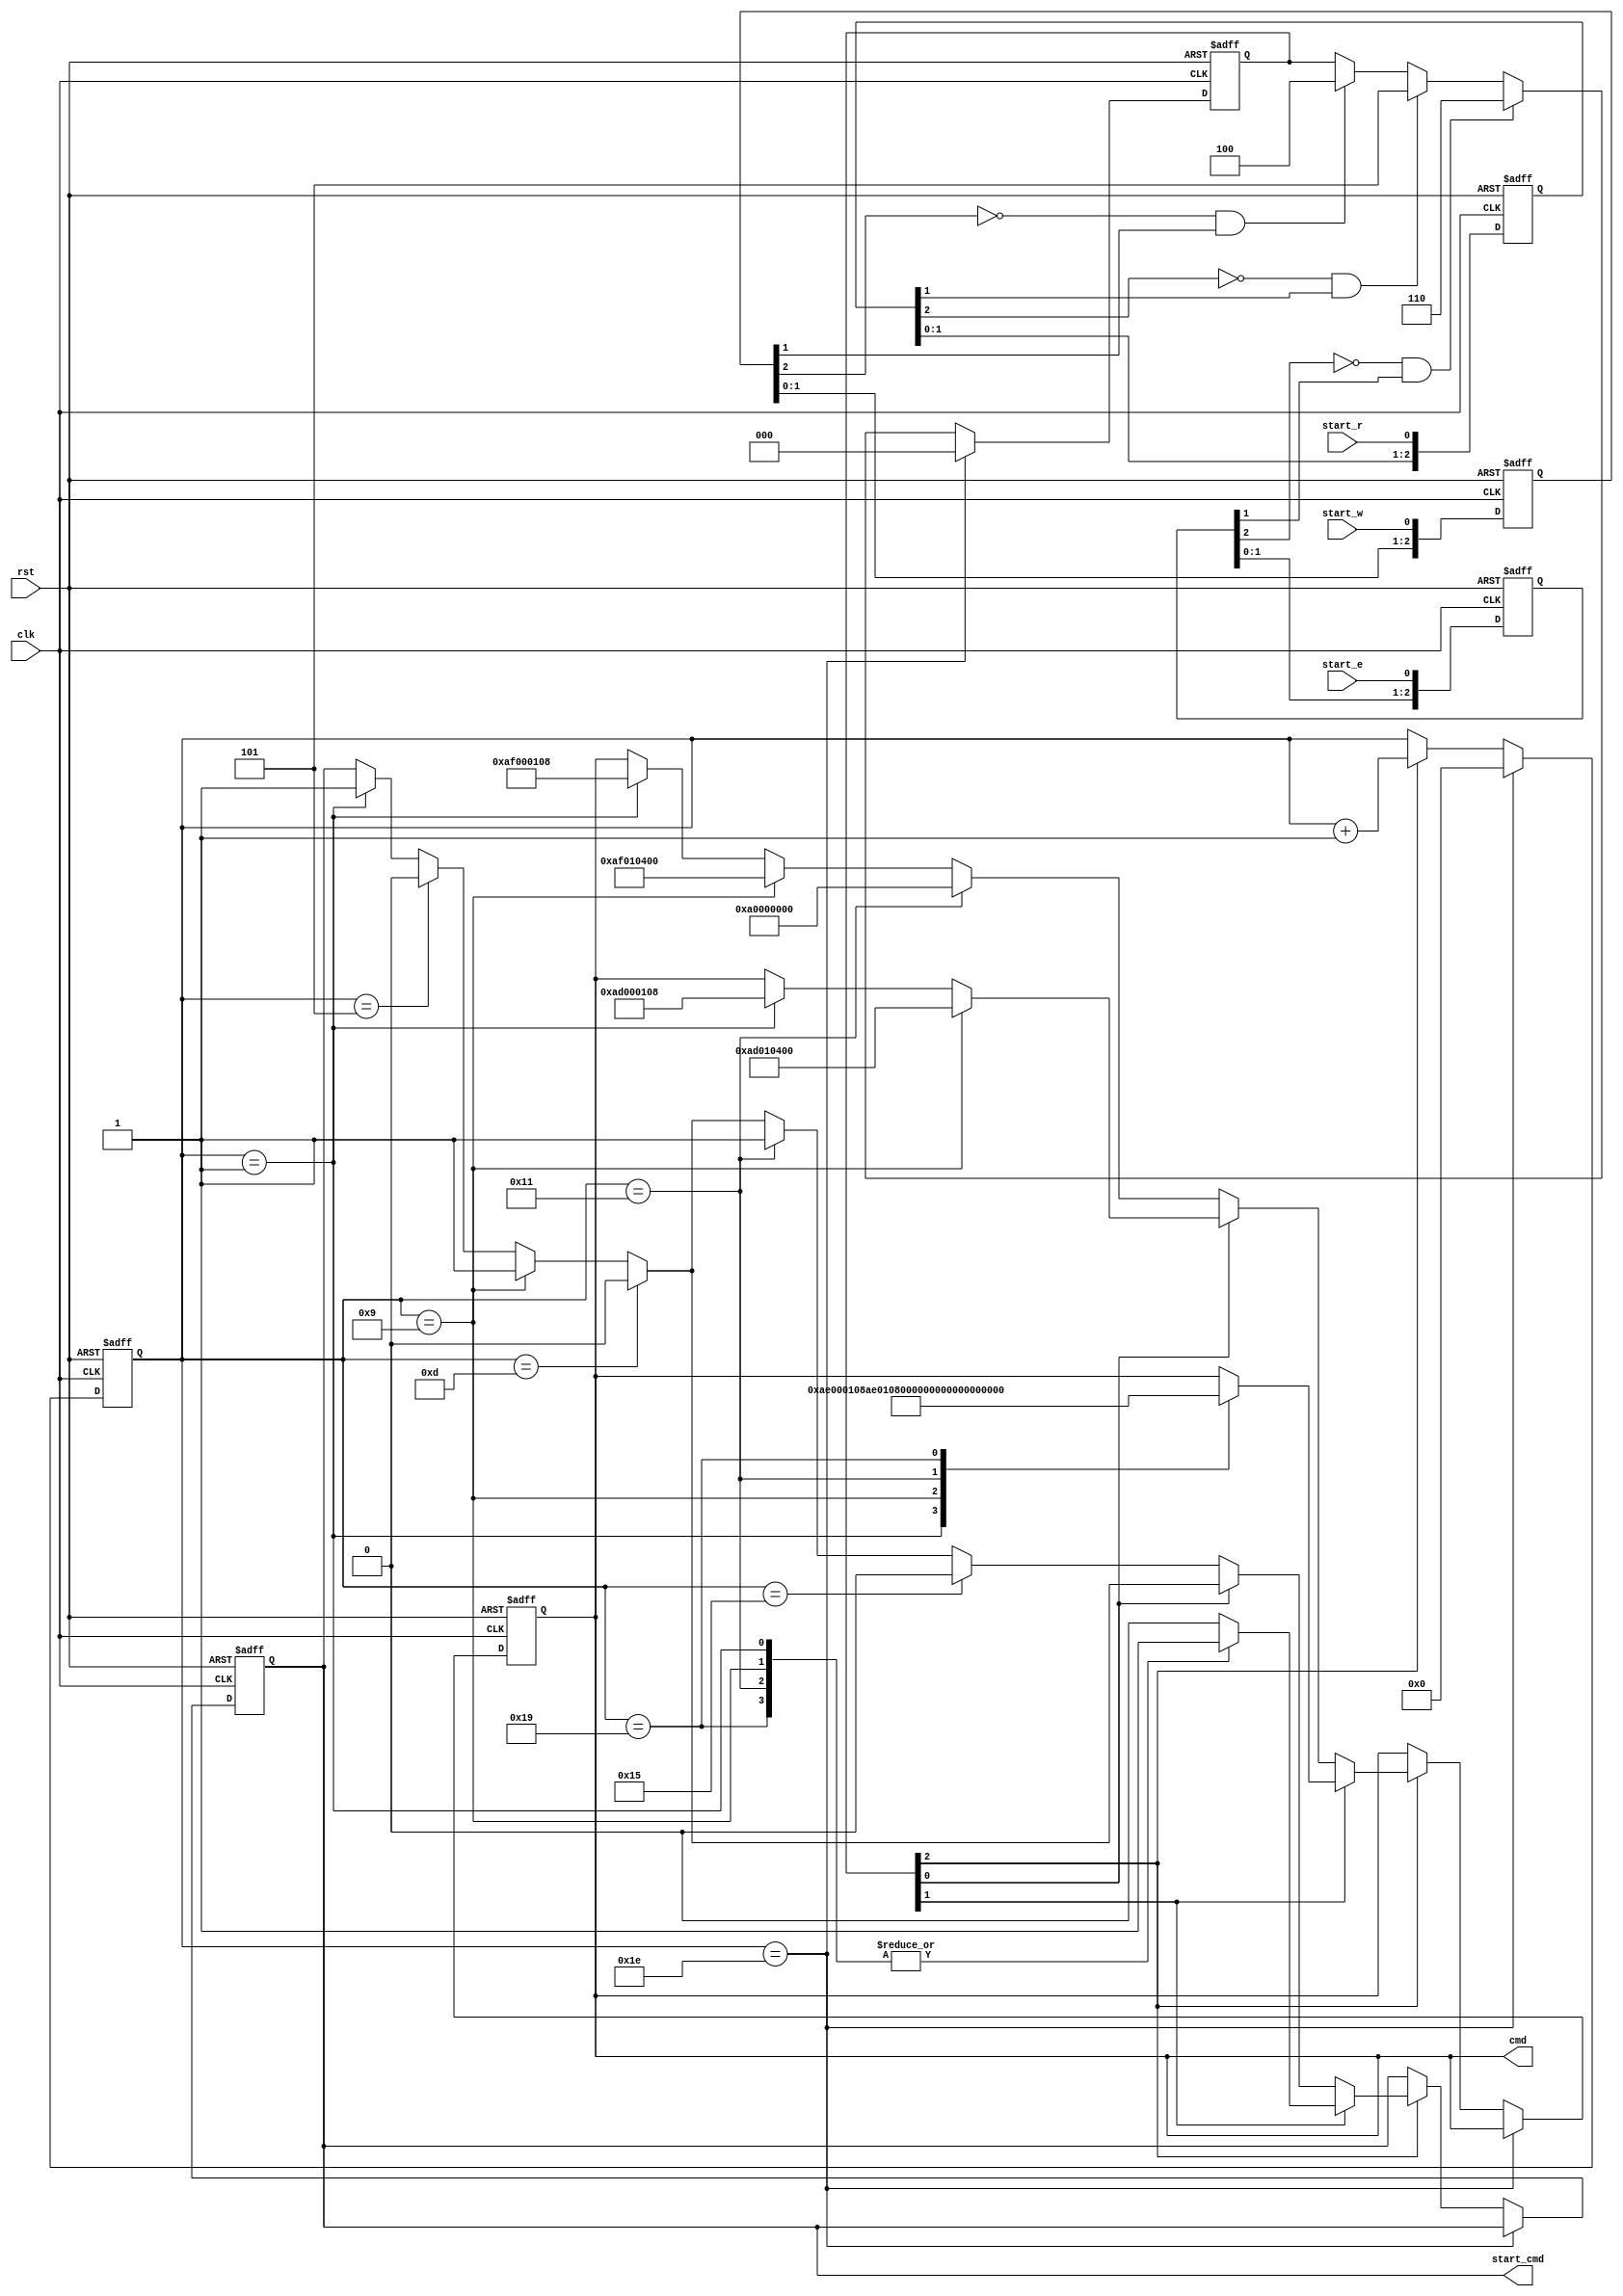
`timescale 1ns / 1ps
//////////////////////////////////////////////////////////////////////////////////
// Company:
// Engineer:
//
// Design Name:
// Module Name:    Command_Receiver
// Project Name:
// Target Devices:
// Tool versions:
// Description:
//
// Dependencies:
//
// Revision:
// Revision 0.01 - File Created
// Additional Comments:
//
//////////////////////////////////////////////////////////////////////////////////
module Command_Receiver(
           input                clk    ,
           input                rst    ,
           input                start_w,    //test input write
           input                start_r,    //test input read
           input                start_e,    //test input erase
           output reg [31:0]    cmd    ,
           output reg           start_cmd   //cmd
       );


reg [2:0] start_r_p,start_w_p,start_e_p;
wire pos_start_r,pos_start_w,pos_start_e,pos_c_r;
reg [7:0] cnt_send_cmd;
reg [2:0]start_send_reg;

parameter read_add          = 24'h01_08_04;
parameter write_add         = 24'h01_08_04;
parameter erase_start_add   = 24'h01_08_04;
parameter erase_end_add     = 24'h01_08_04;


always@(posedge clk or posedge rst) //
    if(rst) begin
        start_r_p <= 0;
        start_w_p <= 0;
        start_e_p <= 0;
    end
    else begin
        start_r_p <= {start_r_p[1:0], start_r};
        start_w_p <= {start_w_p[1:0], start_w};
        start_e_p <= {start_e_p[1:0], start_e};
    end
assign pos_start_r = ~start_r_p[2] && start_r_p[1];
assign pos_start_w = ~start_w_p[2] && start_w_p[1];
assign pos_start_e = ~start_e_p[2] && start_e_p[1];
always@(posedge clk or posedge rst) begin
    if(rst) begin
        cmd <= 0;
        start_cmd <= 0;
        start_send_reg <= 0;
        cnt_send_cmd <= 0;
    end
    else begin
        
        if(pos_start_w) begin
            start_send_reg <= 3'b100;
        end
        if(pos_start_r) begin
            start_send_reg <= 3'b101;
        end
        if(pos_start_e) begin
            start_send_reg <= 3'b110;
        end
        if(cnt_send_cmd == 30) begin
            start_send_reg <= 0;
            cnt_send_cmd <= 0;
        end
        else begin
            if(start_send_reg[2]) begin
                cnt_send_cmd <= cnt_send_cmd + 1;
                if(start_send_reg[1]) begin  //flash
                    case (cnt_send_cmd)
                        7'b1: begin
                            start_cmd <= 7'd1;
                            cmd <= {16'hAE_00 , erase_start_add[23:8]};
                        end
                        7'd5: begin
                            start_cmd   <= 7'd0;
                        end
                        7'd9: begin
                            start_cmd <= 7'd1;
                            cmd <= {16'hAE_01,erase_start_add[7:0],8'h00};
                        end
                        7'd13: begin
                            start_cmd <= 7'd0;   
                        end
                        7'd17: begin
                            start_cmd <= 7'd1;
                            cmd <= {16'hAE_02,erase_end_add[23:8]};
                        end
                        7'd21: begin
                            start_cmd   <= 7'd0;
                        end
                        7'd25: begin
                           start_cmd    <= 7'd1;
                           cmd <= {16'hAE_03,erase_end_add[7:0],8'h00}; 
                        end
                        7'd29: begin
                            start_cmd   <= 7'd0;
                        end 
                        default: start_cmd  <= 7'd0;
                    endcase 
                end
                else if( start_send_reg[0]) begin   //flash
                    if(cnt_send_cmd == 1) begin
                        start_cmd <= 1;
                        cmd <= {16'hAD_00,read_add[23:8]};
                    end
                    if(cnt_send_cmd == 5) begin
                        start_cmd <= 0;
                    end
                    if(cnt_send_cmd == 9) begin
                        start_cmd <= 1;
                        cmd <= {16'hAD_01,read_add[7:0],8'h00};
                    end
                    if(cnt_send_cmd == 13) begin
                        start_cmd <= 0;
                    end
                end
                else begin               //flash
                    if(cnt_send_cmd == 1)//
                    begin
                        start_cmd <= 1;
                        cmd <= {16'hAF_00,write_add[23:8]};
                    end
                    if(cnt_send_cmd == 5) begin
                        start_cmd <= 0;
                    end
                    if(cnt_send_cmd == 9) begin
                        start_cmd <= 1;
                        cmd <= {16'hAF_01,write_add[7:0],8'h00};
                    end
                    if(cnt_send_cmd == 13) begin
                        start_cmd <= 0;
                    end
                    if(cnt_send_cmd == 17)//flash
                    begin
                        start_cmd <= 1;
                        cmd <= 32'hA0_00_0000;
                    end
                    if(cnt_send_cmd == 21) begin
                        start_cmd <= 0; 
                    end
                end
            end
        end
    end
end

endmodule